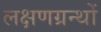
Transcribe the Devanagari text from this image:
लक्षणग्रन्थों